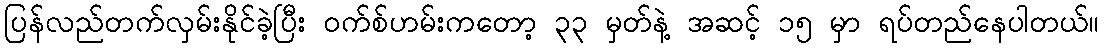
ပြန်လည်တက်လှမ်းနိုင်ခဲ့ပြီး ဝက်စ်ဟမ်းကတော့ ၃၃ မှတ်နဲ့ အဆင့် ၁၅ မှာ ရပ်တည်နေပါတယ်။